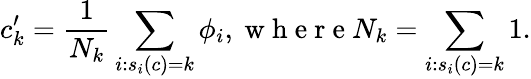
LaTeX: {c_{k}^{\prime}=\frac{1}{N_{k}}\sum_{i:s_{i}(c)=k}\phi_{i},\mathrm{~w~h~e~r~e~}N_{k}=\sum_{i:s_{i}(c)=k}1}.